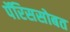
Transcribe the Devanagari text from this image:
पॅरिससोबत